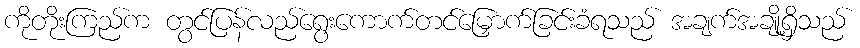
ကိုတိုးကြည်က တွင်ပြန်လည်ရွေးကောက်တင်မြှောက်ခြင်းခံရသည် အချက်အချို့ရှိသည်